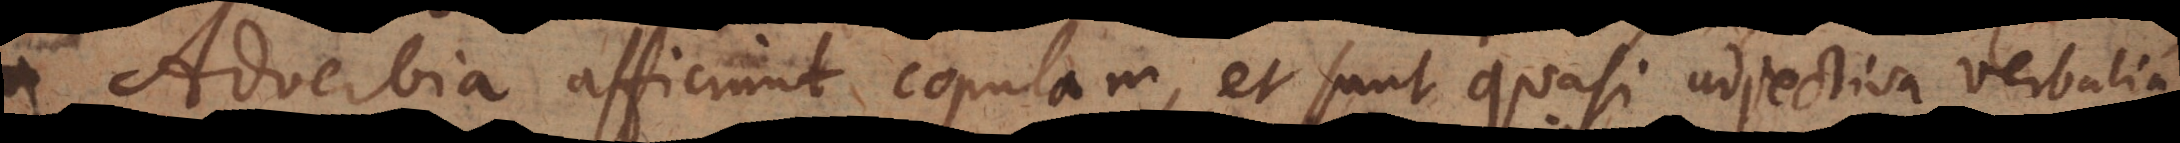
Adverbia afficiunt copulam, et sunt quasi adjectiva verbalia,